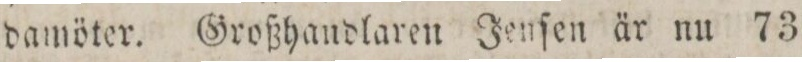
damöter. Großhandlaren Jenſen är nu 73